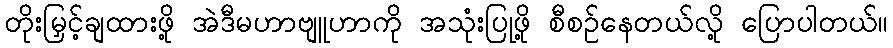
တိုးမြှင့်ချထားဖို့ အဲဒီမဟာဗျူဟာကို အသုံးပြုဖို့ စီစဉ်နေတယ်လို့ ပြောပါတယ်။